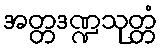
အတ္တဒဏ္ဍသုတ္တံ